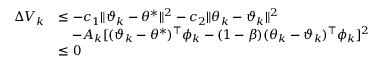
\begin{array} { r l } { \Delta V _ { k } } & { \leq - c _ { 1 } \| \vartheta _ { k } - \theta ^ { * } \| ^ { 2 } - c _ { 2 } \| \theta _ { k } - \vartheta _ { k } \| ^ { 2 } } \\ & { \quad - A _ { k } [ ( \vartheta _ { k } - \theta ^ { * } ) ^ { \top } \phi _ { k } - ( 1 - \beta ) ( \theta _ { k } - \vartheta _ { k } ) ^ { \top } \phi _ { k } ] ^ { 2 } } \\ & { \leq 0 } \end{array}